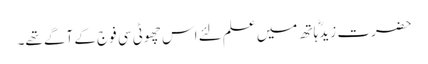
حضرت زیدؓ ہاتھ میں علم لئے اس چھوٹی سی فوج کے آگے تھے۔